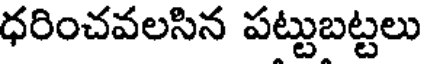
ధరించవలసిన పట్టుబట్టలు